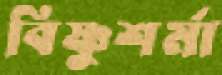
বিষ্ণুশর্মা